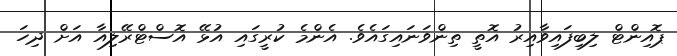
ޕޮއިންޓް ލިބިފައިވާއިރު އޮތީ ތިންވަނައިގައެވެ. އެންމެ ކުރީގައި އުޅޭ އޮސްޓްރޭލިއާ އަށް ދިހަ